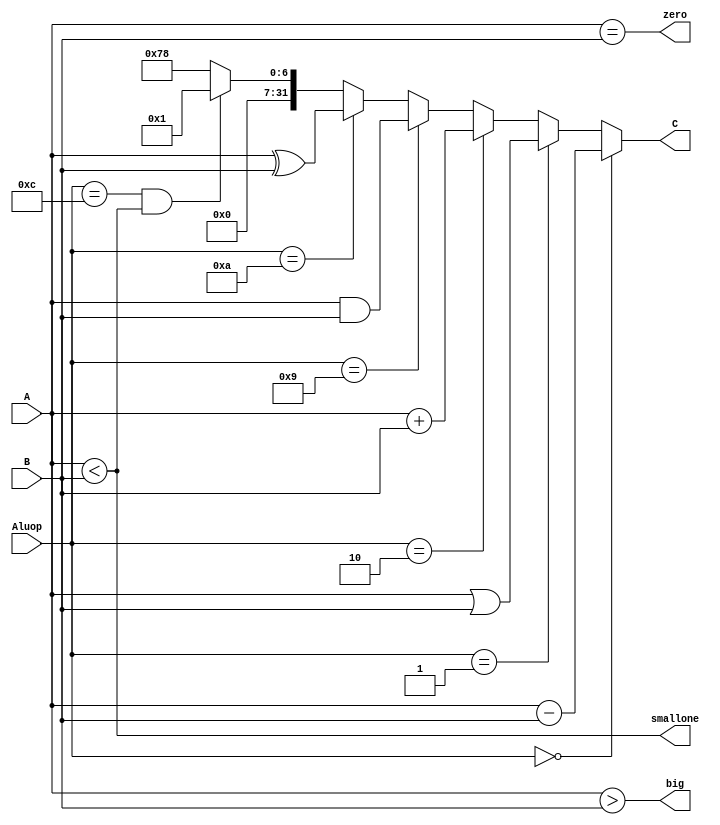
module alu(A,B,C,Aluop,zero,big,smallone);     //compare the results
    input signed [31:0]  A,B;          	//here must be signed!
    output signed[31:0]  C;
    input [3:0]          Aluop;
    output               zero;
    output               big,smallone;
        
    assign zero = ( A == B ) ;      //applied to branch
    assign big  = ( A > B ) ;
    assign smallone = ( A < B ) ;
    assign C = (Aluop == 'b0000) ? (A - B):     // calculating sign
               (Aluop == 'b0001) ? (A | B):
               (Aluop == 'b0010) ? (A + B):
               (Aluop == 'b1001) ? (A  &  B):
               (Aluop == 'b1010) ? (A  ^  B):
               (Aluop == 'b1100&&(A<B)) ? 32'b1:   //slt
                8'h12345678;   //not ->zero              
endmodule